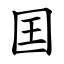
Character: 囯